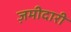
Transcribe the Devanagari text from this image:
ज़मीदारी